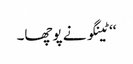
‘‘ ٹینگو نے پوچھا۔